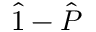
\hat { 1 } - \hat { P }